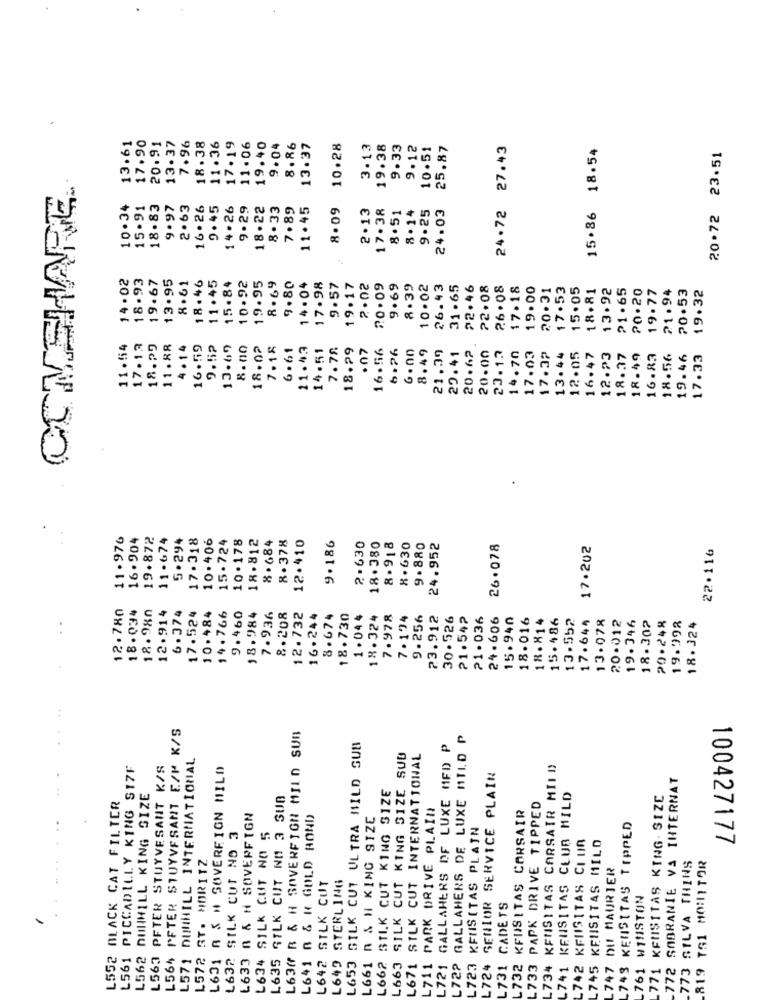
13.37
13.61
17.90
20.91
7.96
18.38
11.36
17.19
11.06
19.40
9 . 04
8.86
13.37
10.28
3. 13
19.38
9.33
9.12
10.51
25.87
24.72 27.43
15.86 18.54
20.72 23.51
COMEHARE
10.34
15-91
18.83
9.97
2.63
16.26
9.45
14.26
9.29
18.22
8.33
7.89
11.45
8.09
2.13
17.38
8 .14
9.25
24.03
8.51
14.02
18.93
19.67
13.95
8.61
18.46
11.45
15.84
10.92
19.95
8.69
9.80
14 .04
17.98
9.57
19.17
2.02
$0 .09
9.69
8.39
10.02
26.43
31.65
22.46
22.08
26 .08
17.18
19.00
20.31
17.53
15.05
18.81
13.92
₽1.65
20.20
19.77
21.94
20.53
19.32
11.54
17.13
18.29
11.88
4.14
16.59
9.52
13.69
8.00
18.02
7.18
6.61
11.43
14.51
7.78
18.29
· 07
16.56
6.26
6.00
8.49
21.39
29.41
20. 62
20.00
23.13
14.70
17.03
17.32
13.44
12.05
16.47
12.23
18.37
18.49
16.83
18.56
19.46
17.33
11.976
16.904
19.872
11.674
5.294
17.318
10.406
10.178
18.812
8.378
12.410
9.186
15.724
8 .684
2.630
18.380
8.918
8.630
9.880
24.952
26.078
17.202
22.116
12.780
18.034
18.980
6.374
10.484
14.766
12.914
17.524
9.460
18.984
7.936
8.208
12.732
16.244
8.674
18.730
1.044
18.324
7.978
7.124
9.256
23.912
30.526
21.542
21.036
24.606
15.940
18.016
18.814
15.486
13.552
17.644
13.078
20.012
19.346
18.302
20.248
19.992
18.324
L564 PETER STUYVESANT E/M K/S
L63# R & H SOVEREIGN MILD SUR
L722 GALLAHERS DE LUXE MILD P
L653 SILK CUT ULTRA MILD SUB
L721 GALLAHERS DF LUXE MED P
L571 DUNHILL INTERNATIONAL
L663 SILK CUT KING SIZE SUD
L671 SILK CUT INTERNATIONAL
L561 PICCADILLY KING S17F
L563 PFTER STUYVESANT K/S
L631 A & H SOVEREIGN MILO
L734 KENSITAS CARSAIR MILD
SENIOR SERVICE PLAIN
772 SOBRANIE VA INTERNAT
L662 SILK CUT KING SIZE
L552 BLACK CAT FILTER
L562 DUNHILL KING SIZE
L635 SILK CUT NO 3 SUB
KEUSITAS CLUB MILD
771 KENSITAS KING - SIZE
L711 PARK DRIVE PLAIN
.732 KFUSITAS CORSAIR
.733 PAPK DRIVE TIPPED
L633 n & H SOVEREIGN
L641 0 & # GOLD BOND
L661 n & H KING SIZE
L723 KEUSITAS PLAIN
L743 KELISITAS TIPPED
L632 SILK CUT NO 3
742 KFUISITAS CILIA
L634 SILK CUT NO
L745 KEUSITAS MILD
100427177
ST. MORITZ
.773 SILVA THINS
L747 DU MAURIER
.819 TS1 MONITOR
L649 STERLING
L642 SILK CUT
WINSTON
.731 CADETS
L572
.724
741
761